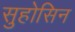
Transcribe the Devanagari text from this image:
सुहोसिन